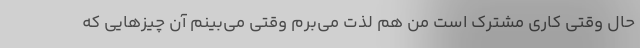
حال وقتی کاری مشترک است من هم لذت می‌برم وقتی می‌بینم آن چیزهایی که